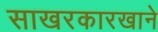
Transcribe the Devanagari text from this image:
साखरकारखाने